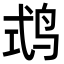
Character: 𪉅